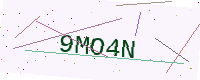
Text: 9MO4N